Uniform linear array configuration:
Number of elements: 16
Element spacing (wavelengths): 0.75
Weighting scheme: cosine
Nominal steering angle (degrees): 30
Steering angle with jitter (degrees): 30.746
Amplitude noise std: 0.05
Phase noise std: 0.05

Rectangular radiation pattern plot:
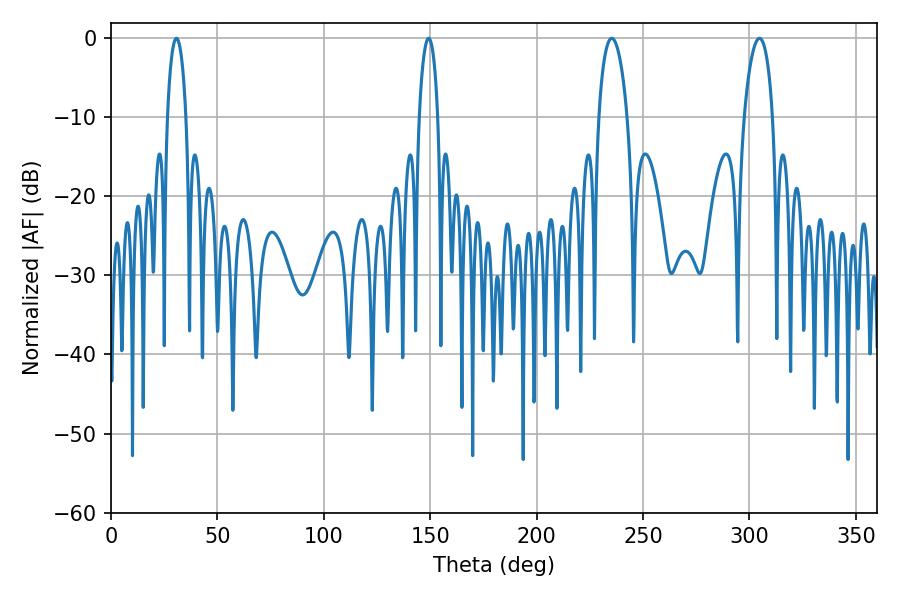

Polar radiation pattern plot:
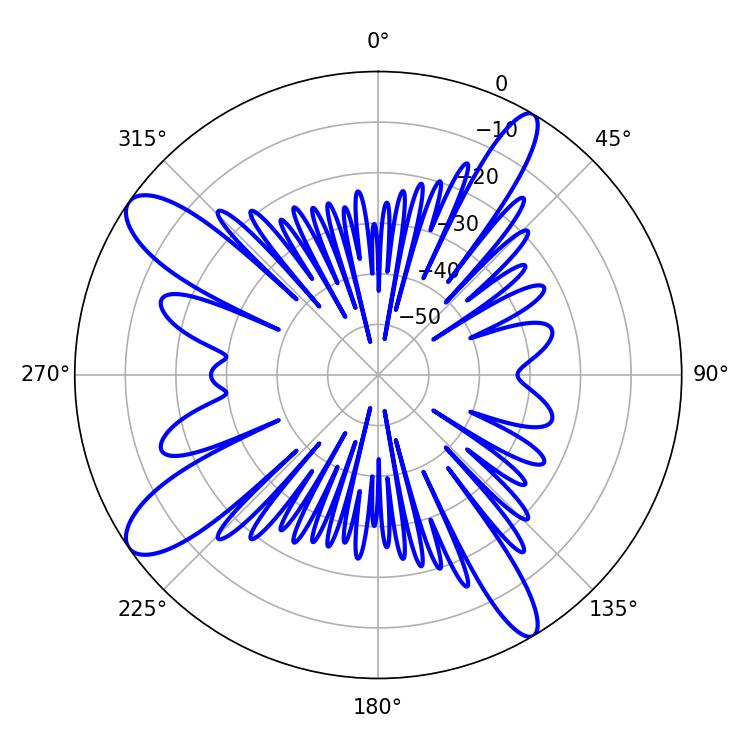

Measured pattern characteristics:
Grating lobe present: TRUE
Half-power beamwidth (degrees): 7.56
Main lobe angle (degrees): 235.26